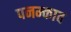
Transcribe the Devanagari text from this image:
पनम्काव